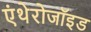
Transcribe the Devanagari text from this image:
एंथेरोजॉइड